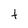
Character: t